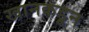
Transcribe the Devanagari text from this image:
खानकडून